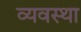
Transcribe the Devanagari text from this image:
व्‍यवस्था